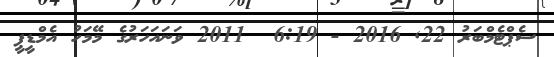
ސެޕްޓެމްބަރު 22